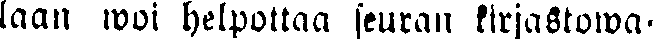
laan woi helpottaa seuran kirjastowa-